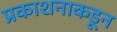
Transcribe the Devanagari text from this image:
प्रकाशनाकडून